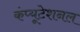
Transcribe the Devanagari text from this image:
कंप्‍यूटेशनल